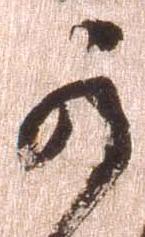
可